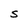
Character: S